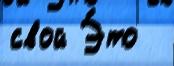
свой Э́то